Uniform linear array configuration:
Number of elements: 48
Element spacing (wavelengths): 0.25
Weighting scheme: uniform
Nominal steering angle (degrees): -45
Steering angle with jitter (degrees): -44.11
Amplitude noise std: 0.05
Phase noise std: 0.05

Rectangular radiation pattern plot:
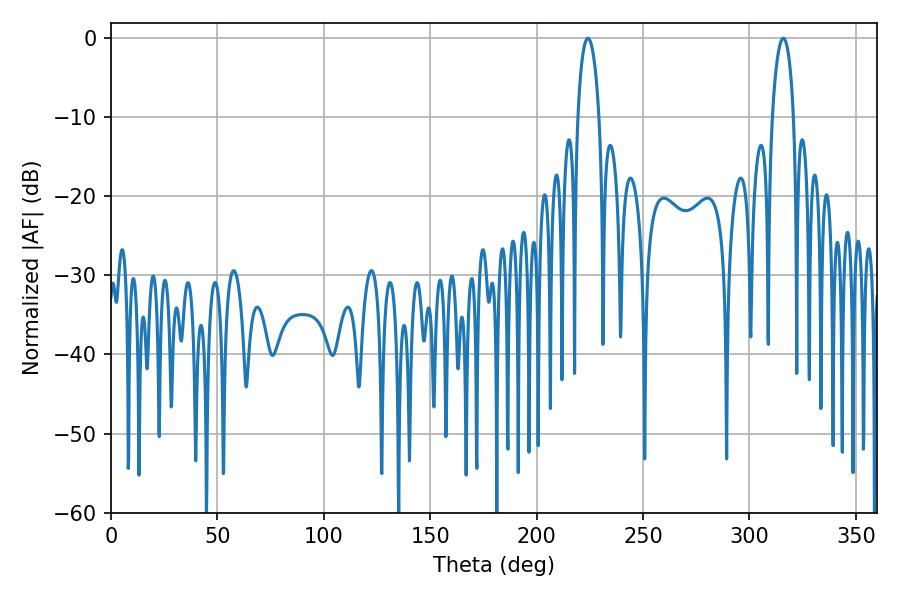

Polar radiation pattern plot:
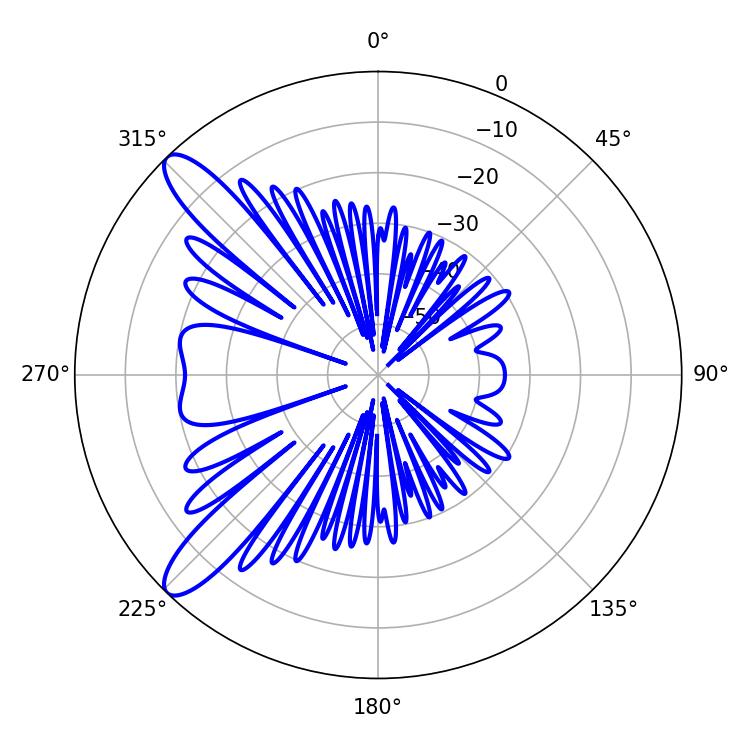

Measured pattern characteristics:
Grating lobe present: FALSE
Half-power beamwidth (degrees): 5.58
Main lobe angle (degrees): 224.1